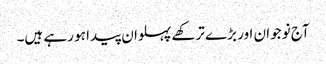
آج نوجوان اور بڑے ترکھے پہلوان پیدا ہو رہے ہیں۔